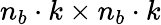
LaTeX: n_{b}\cdot k\times n_{b}\cdot k